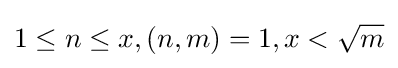
1\leq n\leq x,(n,m)=1,x<{\sqrt {m}}